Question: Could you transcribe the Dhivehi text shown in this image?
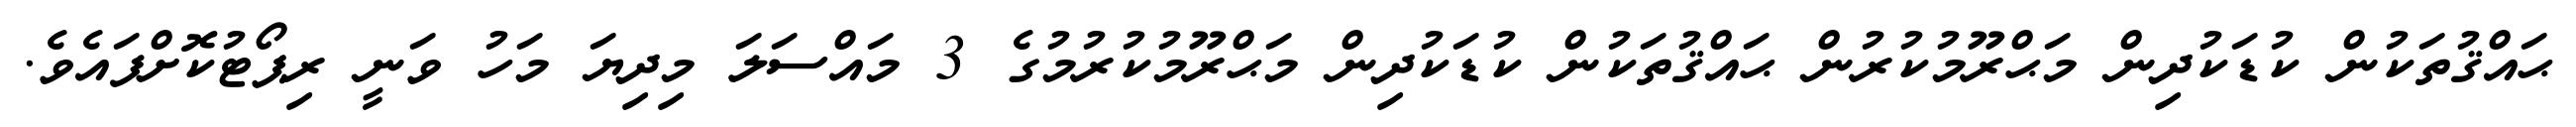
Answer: ޙައްޤުތަކުން ކުޑަކުދިން މަޙްރޫމުކުރުން ޙައްޤުތަކުން ކުޑަކުދިން މަޙްރޫމުކުރުމުގެ 3 މައްސަލަ މިދިޔަ މަހު ވަނީ ރިޕޯޓުކޮށްފައެވެ.